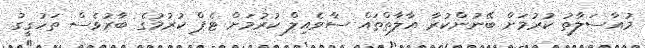
މުއާސަލާތު ކުރުމަށް ބޭނުންކުރާ އާލާތްތައް ސާވެއިލް ކުރުމަށް ޓެޕް ކުރުމުގެ ބާރުވެސް ތަހުގީގު